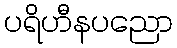
ပရိဟီနပညော